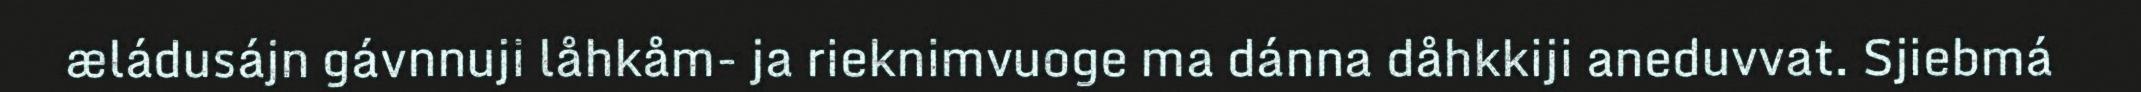
æládusájn gávnnuji låhkåm- ja rieknimvuoge ma dánna dåhkkiji aneduvvat. Sjiebmá